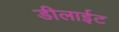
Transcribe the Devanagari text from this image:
डीलाईट